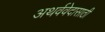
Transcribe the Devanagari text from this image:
अथर्ववेदासाठी